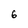
Character: 6